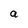
Character: a